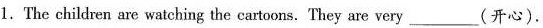
1.The children are watching the cartoons. They are very\underline(开心).